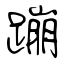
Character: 蹦